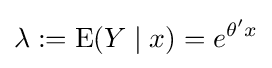
\lambda :=\operatorname {E} (Y\mid x)=e^{\theta 'x}